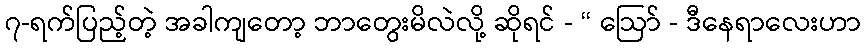
၇-ရက်ပြည့်တဲ့ အခါကျတော့ ဘာတွေးမိလဲလို့ ဆိုရင် - “ ဩော် - ဒီနေရာလေးဟာ